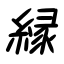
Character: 縁